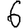
Digit: 6